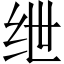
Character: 绁